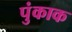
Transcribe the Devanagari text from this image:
पुंकाक